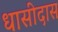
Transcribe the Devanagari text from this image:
धासीदास